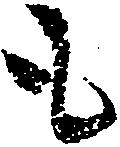
も